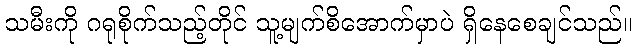
သမီးကို ဂရုစိုက်သည့်တိုင် သူ့မျက်စိအောက်မှာပဲ ရှိနေစေချင်သည်။